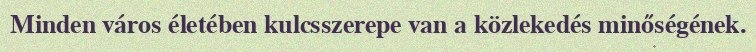
Minden város életében kulcsszerepe van a közlekedés minőségének.